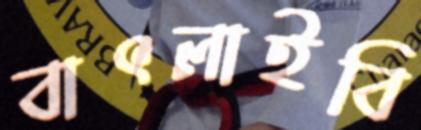
বাৎলাইবি